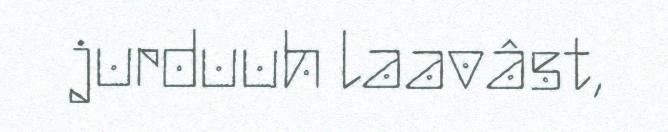
jurduuh laavâst,